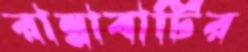
রান্নাবাটির